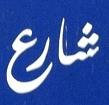
شارع